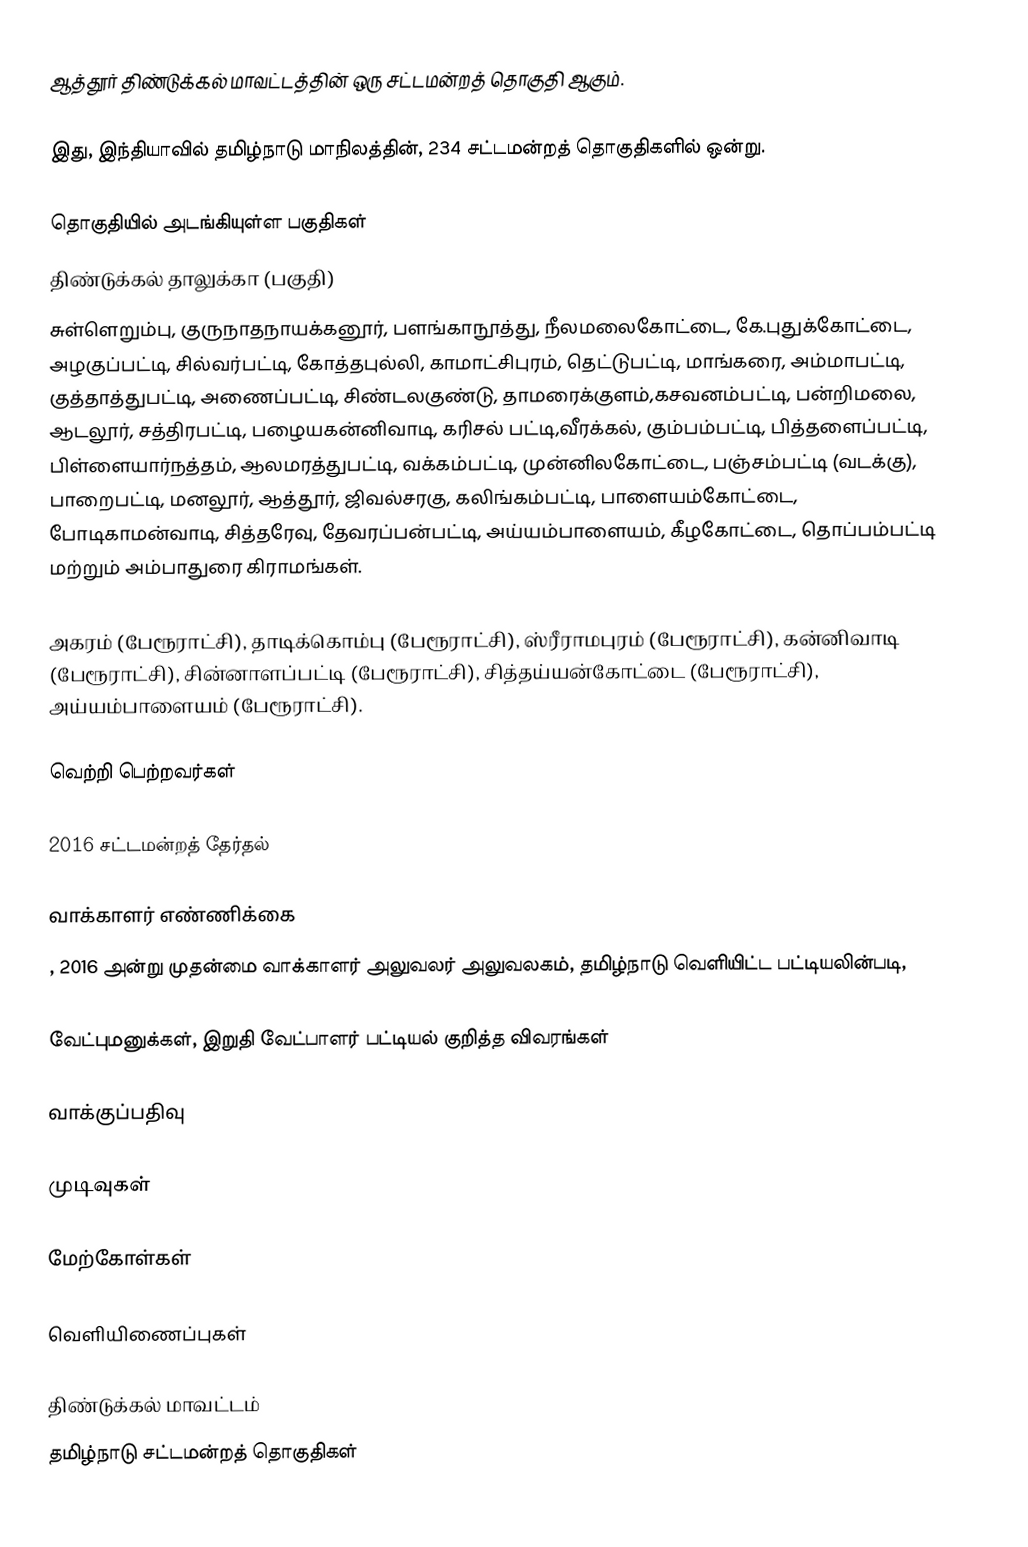
ஆத்தூர் திண்டுக்கல் மாவட்டத்தின் ஒரு சட்டமன்றத் தொகுதி ஆகும்.

இது, இந்தியாவில் தமிழ்நாடு மாநிலத்தின், 234 சட்டமன்றத் தொகுதிகளில் ஒன்று.

தொகுதியில் அடங்கியுள்ள பகுதிகள்
திண்டுக்கல் தாலுக்கா (பகுதி)
சுள்ளெறும்பு, குருநாதநாயக்கனூர், பளங்காநூத்து, நீலமலைகோட்டை, கே.புதுக்கோட்டை, அழகுப்பட்டி, சில்வர்பட்டி, கோத்தபுல்லி, காமாட்சிபுரம், தெட்டுபட்டி, மாங்கரை, அம்மாபட்டி, குத்தாத்துபட்டி, அணைப்பட்டி, சிண்டலகுண்டு, தாமரைக்குளம்,கசவனம்பட்டி, பன்றிமலை, ஆடலூர், சத்திரபட்டி, பழையகன்னிவாடி, கரிசல் பட்டி,வீரக்கல், கும்பம்பட்டி, பித்தளைப்பட்டி, பிள்ளையார்நத்தம், ஆலமரத்துபட்டி, வக்கம்பட்டி, முன்னிலகோட்டை, பஞ்சம்பட்டி (வடக்கு), பாறைபட்டி, மனலூர், ஆத்தூர், ஜிவல்சரகு, கலிங்கம்பட்டி, பாளையம்கோட்டை, போடிகாமன்வாடி, சித்தரேவு, தேவரப்பன்பட்டி, அய்யம்பாளையம், கீழகோட்டை, தொப்பம்பட்டி மற்றும் அம்பாதுரை கிராமங்கள்.

அகரம் (பேரூராட்சி), தாடிக்கொம்பு (பேரூராட்சி), ஸ்ரீராமபுரம் (பேரூராட்சி), கன்னிவாடி (பேரூராட்சி), சின்னாளப்பட்டி (பேரூராட்சி), சித்தய்யன்கோட்டை (பேரூராட்சி), அய்யம்பாளையம் (பேரூராட்சி).

வெற்றி பெற்றவர்கள்

2016 சட்டமன்றத் தேர்தல்

வாக்காளர் எண்ணிக்கை
, 2016 அன்று முதன்மை வாக்காளர் அலுவலர் அலுவலகம், தமிழ்நாடு வெளியிட்ட பட்டியலின்படி,

வேட்புமனுக்கள், இறுதி வேட்பாளர் பட்டியல் குறித்த விவரங்கள்

வாக்குப்பதிவு

முடிவுகள்

மேற்கோள்கள்

வெளியிணைப்புகள்

திண்டுக்கல் மாவட்டம்
தமிழ்நாடு சட்டமன்றத் தொகுதிகள்